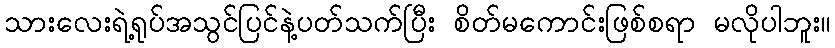
သားလေးရဲ့ရုပ်အသွင်ပြင်နဲ့ပတ်သက်ပြီး စိတ်မကောင်းဖြစ်စရာ မလိုပါဘူး။